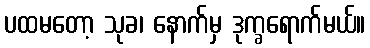
ပထမတော့ သုခ၊ နောက်မှ ဒုက္ခရောက်မယ်။